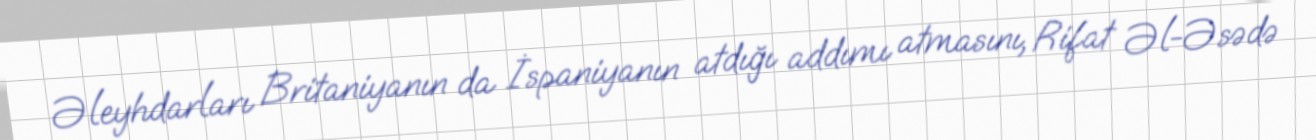
Əleyhdarları Britaniyanın da İspaniyanın atdığı addımı atmasını, Rifat Əl-Əsədə